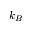
k _ { B }